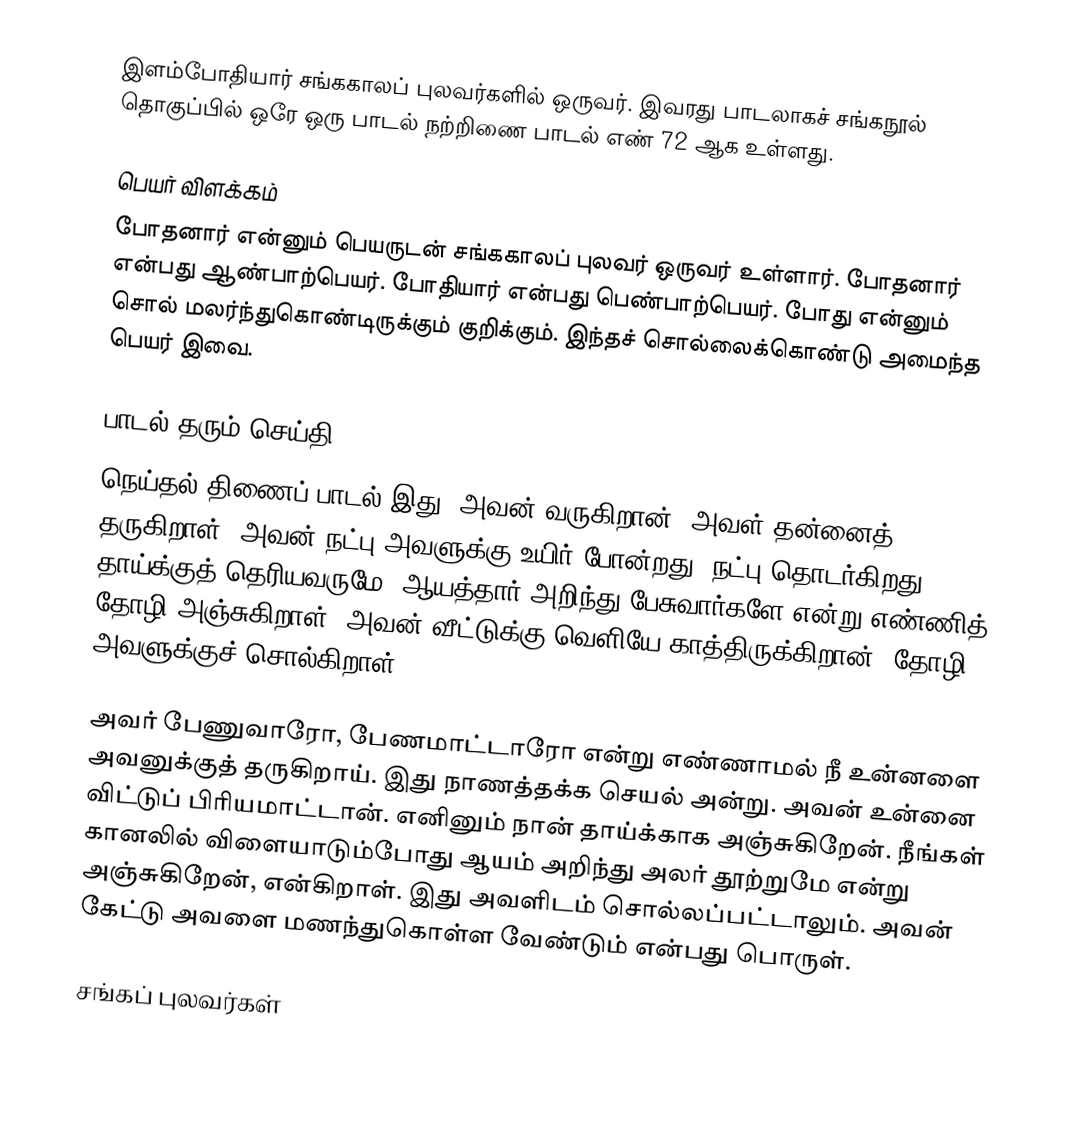
இளம்போதியார் சங்ககாலப் புலவர்களில் ஒருவர். இவரது பாடலாகச் சங்கநூல் தொகுப்பில் ஒரே ஒரு பாடல் நற்றிணை பாடல் எண் 72 ஆக உள்ளது.

பெயர் விளக்கம்
போதனார் என்னும் பெயருடன் சங்ககாலப் புலவர் ஒருவர் உள்ளார். போதனார் என்பது ஆண்பாற்பெயர். போதியார் என்பது பெண்பாற்பெயர். போது என்னும் சொல் மலர்ந்துகொண்டிருக்கும் குறிக்கும். இந்தச் சொல்லைக்கொண்டு அமைந்த பெயர் இவை.

பாடல் தரும் செய்தி
நெய்தல் திணைப் பாடல் இது. அவன் வருகிறான். அவள் தன்னைத் தருகிறாள். அவன் நட்பு அவளுக்கு உயிர் போன்றது. நட்பு தொடர்கிறது. தாய்க்குத் தெரியவருமே, ஆயத்தார் அறிந்து பேசுவார்களே என்று எண்ணித் தோழி அஞ்சுகிறாள். அவன் வீட்டுக்கு வெளியே காத்திருக்கிறான். தோழி அவளுக்குச் சொல்கிறாள்.

அவர் பேணுவாரோ, பேணமாட்டாரோ என்று எண்ணாமல் நீ உன்னளை அவனுக்குத் தருகிறாய். இது நாணத்தக்க செயல் அன்று. அவன் உன்னை விட்டுப் பிரியமாட்டான். எனினும் நான் தாய்க்காக அஞ்சுகிறேன். நீங்கள் கானலில் விளையாடும்போது ஆயம் அறிந்து அலர் தூற்றுமே என்று அஞ்சுகிறேன், என்கிறாள். இது அவளிடம் சொல்லப்பட்டாலும். அவன் கேட்டு அவளை மணந்துகொள்ள வேண்டும் என்பது பொருள்.

சங்கப் புலவர்கள்